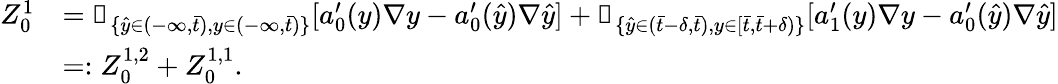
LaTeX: \begin{array}{rl}{Z_{0}^{1}}&{=\mathbb{1}_{\{ \hat{y}\in(-\infty,\bar{t}),y\in(-\infty,\bar{t})\} }[a_{0}^{\prime}(y)\nabla y-a_{0}^{\prime}(\hat{y})\nabla\hat{y}]+\mathbb{1}_{\{ \hat{y}\in(\bar{t}-\delta,\bar{t}),y\in[\bar{t},\bar{t}+\delta)\} }[a_{1}^{\prime}(y)\nabla y-a_{0}^{\prime}(\hat{y})\nabla\hat{y}]}\\ &{=:Z_{0}^{1,2}+Z_{0}^{1,1}.}\end{array}